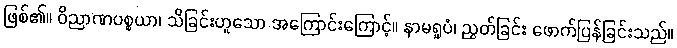
ဖြစ်၏။ ဝိညာဏပစ္စယာ၊ သိခြင်းဟူသော အကြောင်းကြောင့်။ နာမရူပံ၊ ညွတ်ခြင်း ဖောက်ပြန်ခြင်းသည်။